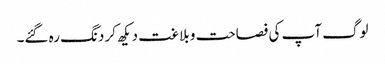
لوگ آپ کی فصاحت و بلاغت دیکھ کر دنگ رہ گئے۔